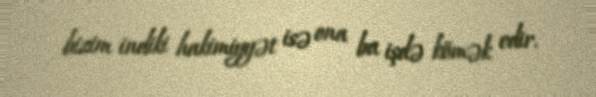
bizim indiki hakimiyyət isə ona bu işdə kömək edir.